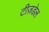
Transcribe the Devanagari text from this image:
टीज़डेल